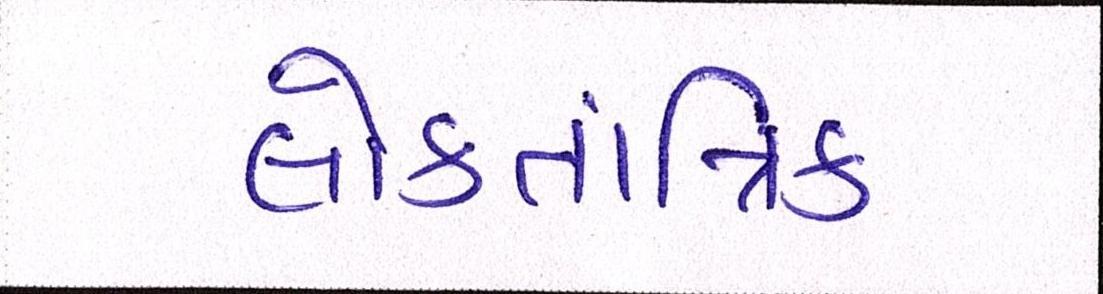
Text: લોકતાંત્રિક